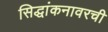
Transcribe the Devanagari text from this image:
सिद्धांकनावरची